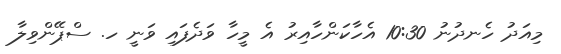
މިއަދު ހެނދުނު 10:30 އެހާކަންހާއިރު އެ މީހާ ވަދެފައި ވަނީ ހ. ސްޕޭންވިލާ